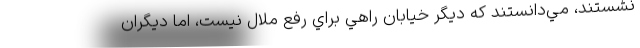
‌نشستند، مي‌دانستند كه ديگر خيابان راهي براي رفع ملال نيست، اما ديگران